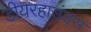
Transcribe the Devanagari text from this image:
डीयरहाउंड्स